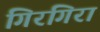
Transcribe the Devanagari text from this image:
गिरगिरा